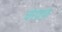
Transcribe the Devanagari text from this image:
चेख़फ़